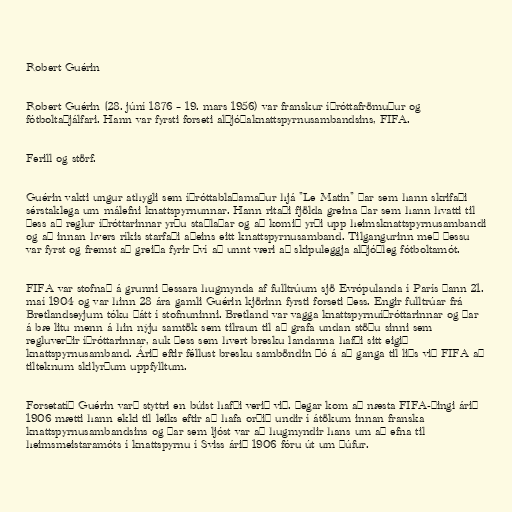
Robert Guérin

Robert Guérin (28. júní 1876 – 19. mars 1956) var franskur íþróttafrömuður og
fótboltaþjálfari. Hann var fyrsti forseti alþjóðaknattspyrnusambandsins, FIFA.

Ferill og störf.

Guérin vakti ungur athygli sem íþróttablaðamaður hjá "Le Matin" þar sem hann skrifaði
sérstaklega um málefni knattspyrnunnar. Hann ritaði fjölda greina þar sem hann hvatti til
þess að reglur íþróttarinnar yrðu staðlaðar og að komið yrði upp heimsknattspyrnusambandi
og að innan hvers ríkis starfaði aðeins eitt knattspyrnusamband. Tilgangurinn með þessu
var fyrst og fremst að greiða fyrir því að unnt væri að skipuleggja alþjóðleg fótboltamót.

FIFA var stofnað á grunni þessara hugmynda af fulltrúum sjö Evrópulanda í París þann 21.
maí 1904 og var hinn 28 ára gamli Guérin kjörinn fyrsti forseti þess. Engir fulltrúar frá
Bretlandseyjum tóku þátt í stofnuninni. Bretland var vagga knattspyrnuíþróttarinnar og þar
á bæ litu menn á hin nýju samtök sem tilraun til að grafa undan stöðu sinni sem
regluverðir íþróttarinnar, auk þess sem hvert bresku landanna hafði sitt eigið
knattspyrnusamband. Árið eftir féllust bresku samböndin þó á að ganga til liðs við FIFA að
tilteknum skilyrðum uppfylltum.

Forsetatíð Guérin varð styttri en búist hafði verið við. Þegar kom að næsta FIFA-þingi árið
1906 mætti hann ekki til leiks eftir að hafa orðið undir í átökum innan franska
knattspyrnusambandsins og þar sem ljóst var að hugmyndir hans um að efna til
heimsmeistaramóts í knattspyrnu í Sviss árið 1906 fóru út um þúfur.